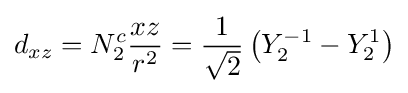
d_{xz}=N_{2}^{c}{\frac {xz}{r^{2}}}={\frac {1}{\sqrt {2}}}\left(Y_{2}^{-1}-Y_{2}^{1}\right)